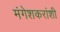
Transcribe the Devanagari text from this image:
मंगेशकरांशी